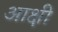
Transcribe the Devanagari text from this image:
आक्षी